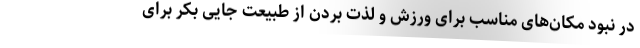
در نبود مکان‌های مناسب برای ورزش و لذت بردن از طبیعت جایی بکر برای